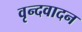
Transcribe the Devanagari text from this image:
वृन्दवादन